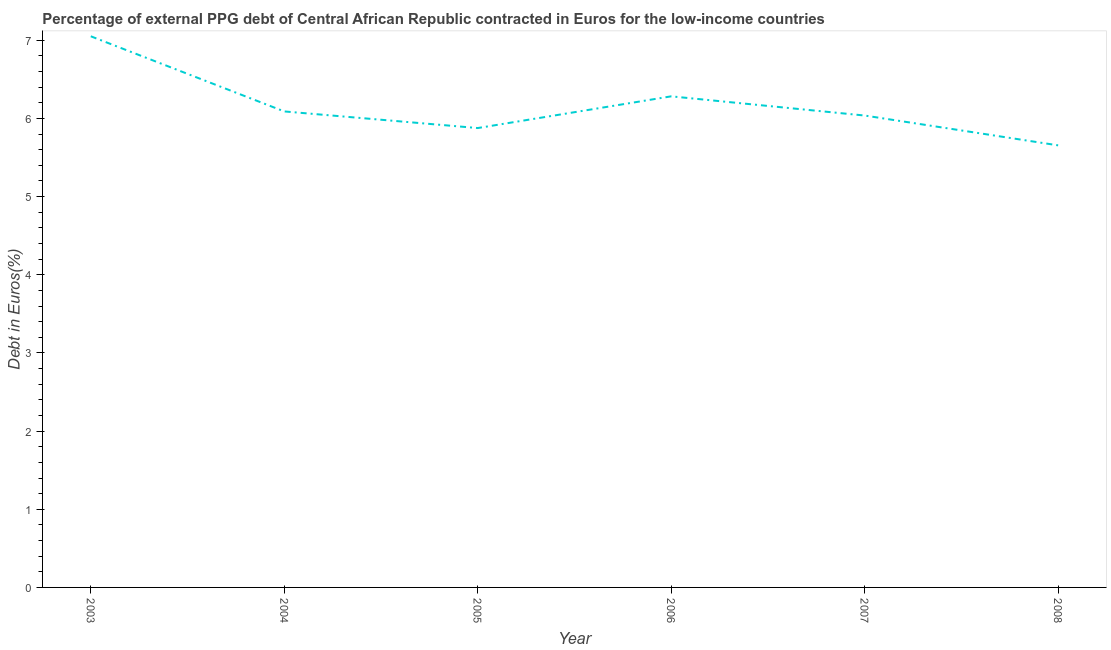
| Year | Currency composition of PPG debt |
 | --- | --- |
 | 2003 | 7.05 |
 | 2004 | 6.09 |
 | 2005 | 5.88 |
 | 2006 | 6.28 |
 | 2007 | 6.04 |
 | 2008 | 5.66 |